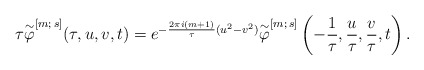
\begin{align*}\tau \overset{\sim}{\varphi}^{[m;\,s]} (\tau, u, v, t)= e^{-\frac{2\pi i (m+1)}{\tau}(u^2-v^2)} \overset{\sim}{\varphi}^{[m;\,s]} \left(-\frac{1}{\tau}, \frac{u}{\tau}, \frac{v}{\tau}, t \right).\end{align*}